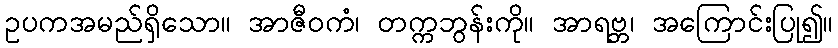
ဥပကအမည်ရှိသော။ အာဇီဝကံ၊ တက္ကဘွန်းကို။ အာရဗ္ဘ၊ အကြောင်းပြု၍။